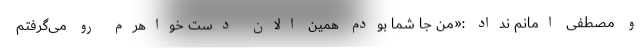
و مصطفی امانم نداد :«من جا شما بودم همین الان دست خواهرم رو می‌گرفتم